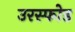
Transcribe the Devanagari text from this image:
उरस्फोड